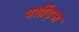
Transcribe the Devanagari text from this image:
पर्सीड्‌ज